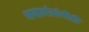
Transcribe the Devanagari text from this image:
कलावंतांनीही